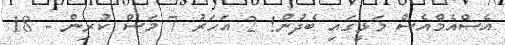
އެސްއެމްއެސް މަޅީގައި ބެދުން! 2 އަހަރު 7 މަސް ކުރިން - 18